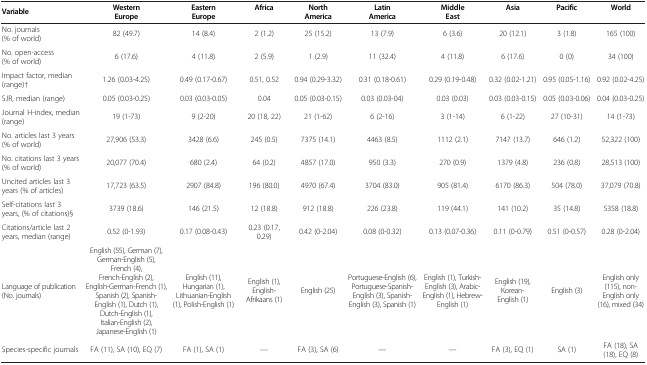
<table><thead><tr><td><b>Variable</b></td><td><b>Western Europe</b></td><td><b>Eastern Europe</b></td><td><b>Africa</b></td><td><b>North America</b></td><td><b>Latin America</b></td><td><b>Middle East</b></td><td><b>Asia</b></td><td><b>Pacific</b></td><td><b>World</b></td></tr></thead><tbody><tr><td>No. journals (% of world)</td><td>82 (49.7)</td><td>14 (8.4)</td><td>2 (1.2)</td><td>25 (15.2)</td><td>13 (7.9)</td><td>6 (3.6)</td><td>20 (12.1)</td><td>3 (1.8)</td><td>165 (100)</td></tr><tr><td>No. open-access (% of world)</td><td>6 (17.6)</td><td>4 (11.8)</td><td>2 (5.9)</td><td>1 (2.9)</td><td>11 (32.4)</td><td>4 (11.8)</td><td>6 (17.6)</td><td>0 (0)</td><td>34 (100)</td></tr><tr><td>Impact factor, median (range)†</td><td>1.26 (0.03-4.25)</td><td>0.49 (0.17-0.67)</td><td>0.51, 0.52</td><td>0.94 (0.29-3.32)</td><td>0.31 (0.18-0.61)</td><td>0.29 (0.19-0.48)</td><td>0.32 (0.02-1.21)</td><td>0.95 (0.05-1.16)</td><td>0.92 (0.02-4.25)</td></tr><tr><td>SJR, median (range)</td><td>0.05 (0.03-0.25)</td><td>0.03 (0.03-0.05)</td><td>0.04</td><td>0.05 (0.03-0.15)</td><td>0.03 (0.03-04)</td><td>0.03 (0.03)</td><td>0.03 (0.03-0.15)</td><td>0.05 (0.03-0.06)</td><td>0.04 (0.03-0.25)</td></tr><tr><td>Journal H-index, median (range)</td><td>19 (1-73)</td><td>9 (2-20)</td><td>20 (18, 22)</td><td>21 (1-62)</td><td>6 (2-16)</td><td>3 (1-14)</td><td>6 (1-22)</td><td>27 (10-31)</td><td>14 (1-73)</td></tr><tr><td>No. articles last 3 years (% of world)</td><td>27,906 (53.3)</td><td>3428 (6.6)</td><td>245 (0.5)</td><td>7375 (14.1)</td><td>4463 (8.5)</td><td>1112 (2.1)</td><td>7147 (13.7)</td><td>646 (1.2)</td><td>52,322 (100)</td></tr><tr><td>No. citations last 3 years (% of world)</td><td>20,077 (70.4)</td><td>680 (2.4)</td><td>64 (0.2)</td><td>4857 (17.0)</td><td>950 (3.3)</td><td>270 (0.9)</td><td>1379 (4.8)</td><td>236 (0.8)</td><td>28,513 (100)</td></tr><tr><td>Uncited articles last 3 years (% of articles)</td><td>17,723 (63.5)</td><td>2907 (84.8)</td><td>196 (80.0)</td><td>4970 (67.4)</td><td>3704 (83.0)</td><td>905 (81.4)</td><td>6170 (86.3)</td><td>504 (78.0)</td><td>37,079 (70.8)</td></tr><tr><td>Self-citations last 3 years, (% of citations)§</td><td>3739 (18.6)</td><td>146 (21.5)</td><td>12 (18.8)</td><td>912 (18.8)</td><td>226 (23.8)</td><td>119 (44.1)</td><td>141 (10.2)</td><td>35 (14.8)</td><td>5358 (18.8)</td></tr><tr><td>Citations/article last 2 years, median (range)</td><td>0.52 (0-1.93)</td><td>0.17 (0.08-0.43)</td><td>0.23 (0.17, 0.29)</td><td>0.42 (0-2.04)</td><td>0.08 (0-0.32)</td><td>0.13 (0.07-0.36)</td><td>0.11 (0-0.79)</td><td>0.51 (0-0.57)</td><td>0.28 (0-2.04)</td></tr><tr><td>Language of publication (No. journals)</td><td>English (55), German (7), German-English (5), French (4), French-English (2), English-German-French (1), Spanish (2), Spanish-English (1), Dutch (1), Dutch-English (1), Italian-English (2), Japanese-English (1)</td><td>English (11), Hungarian (1), Lithuanian-English (1), Polish-English (1)</td><td>English (1), English-Afrikaans (1)</td><td>English (25)</td><td>Portuguese-English (6), Portuguese-Spanish-English (3), Spanish-English (3), Spanish (1)</td><td>English (1), Turkish-English (3), Arabic-English (1), Hebrew-English (1)</td><td>English (19), Korean-English (1)</td><td>English (3)</td><td>English only (115), non-English only (16), mixed (34)</td></tr><tr><td>Species-specific journals</td><td>FA (11), SA (10), EQ (7)</td><td>FA (1), SA (1)</td><td>—</td><td>FA (3), SA (6)</td><td>—</td><td>—</td><td>FA (3), EQ (1)</td><td>SA (1)</td><td>FA (18), SA (18), EQ (8)</td></tr></tbody></table>